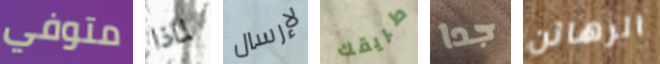
متوفي لماذا لإرسال طريقك جدا الرهائن